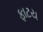
ફાટય